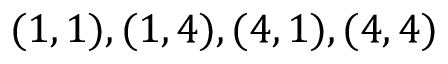
( 1 , 1 ) , ( 1 , 4 ) , ( 4 , 1 ) , ( 4 , 4 )